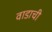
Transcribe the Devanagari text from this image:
वाडाची